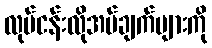
လုပ်ငန်းလိုအပ်ချက်များကို